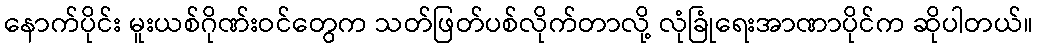
နောက်ပိုင်း မူးယစ်ဂိုဏ်းဝင်တွေက သတ်ဖြတ်ပစ်လိုက်တာလို့ လုံခြုံရေးအာဏာပိုင်က ဆိုပါတယ်။